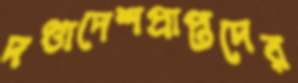
দণ্ডাদেশপ্রাপ্তদের